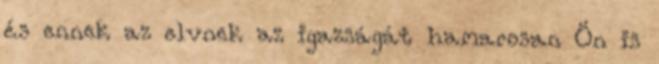
és ennek az elvnek az igazságát hamarosan Ön is